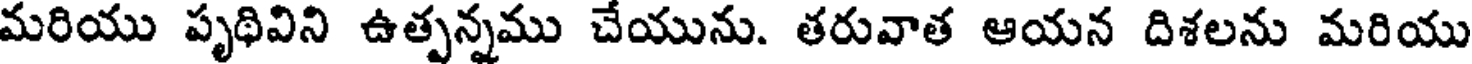
మరియు పృథివిని ఉత్పన్నము చేయును. తరువాత ఆయన దిశలను మరియు